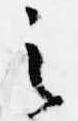
之